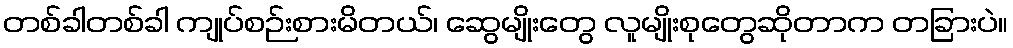
တစ်ခါတစ်ခါ ကျုပ်စဉ်းစားမိတယ်၊ ဆွေမျိုးတွေ လူမျိုးစုတွေဆိုတာက တခြားပဲ။